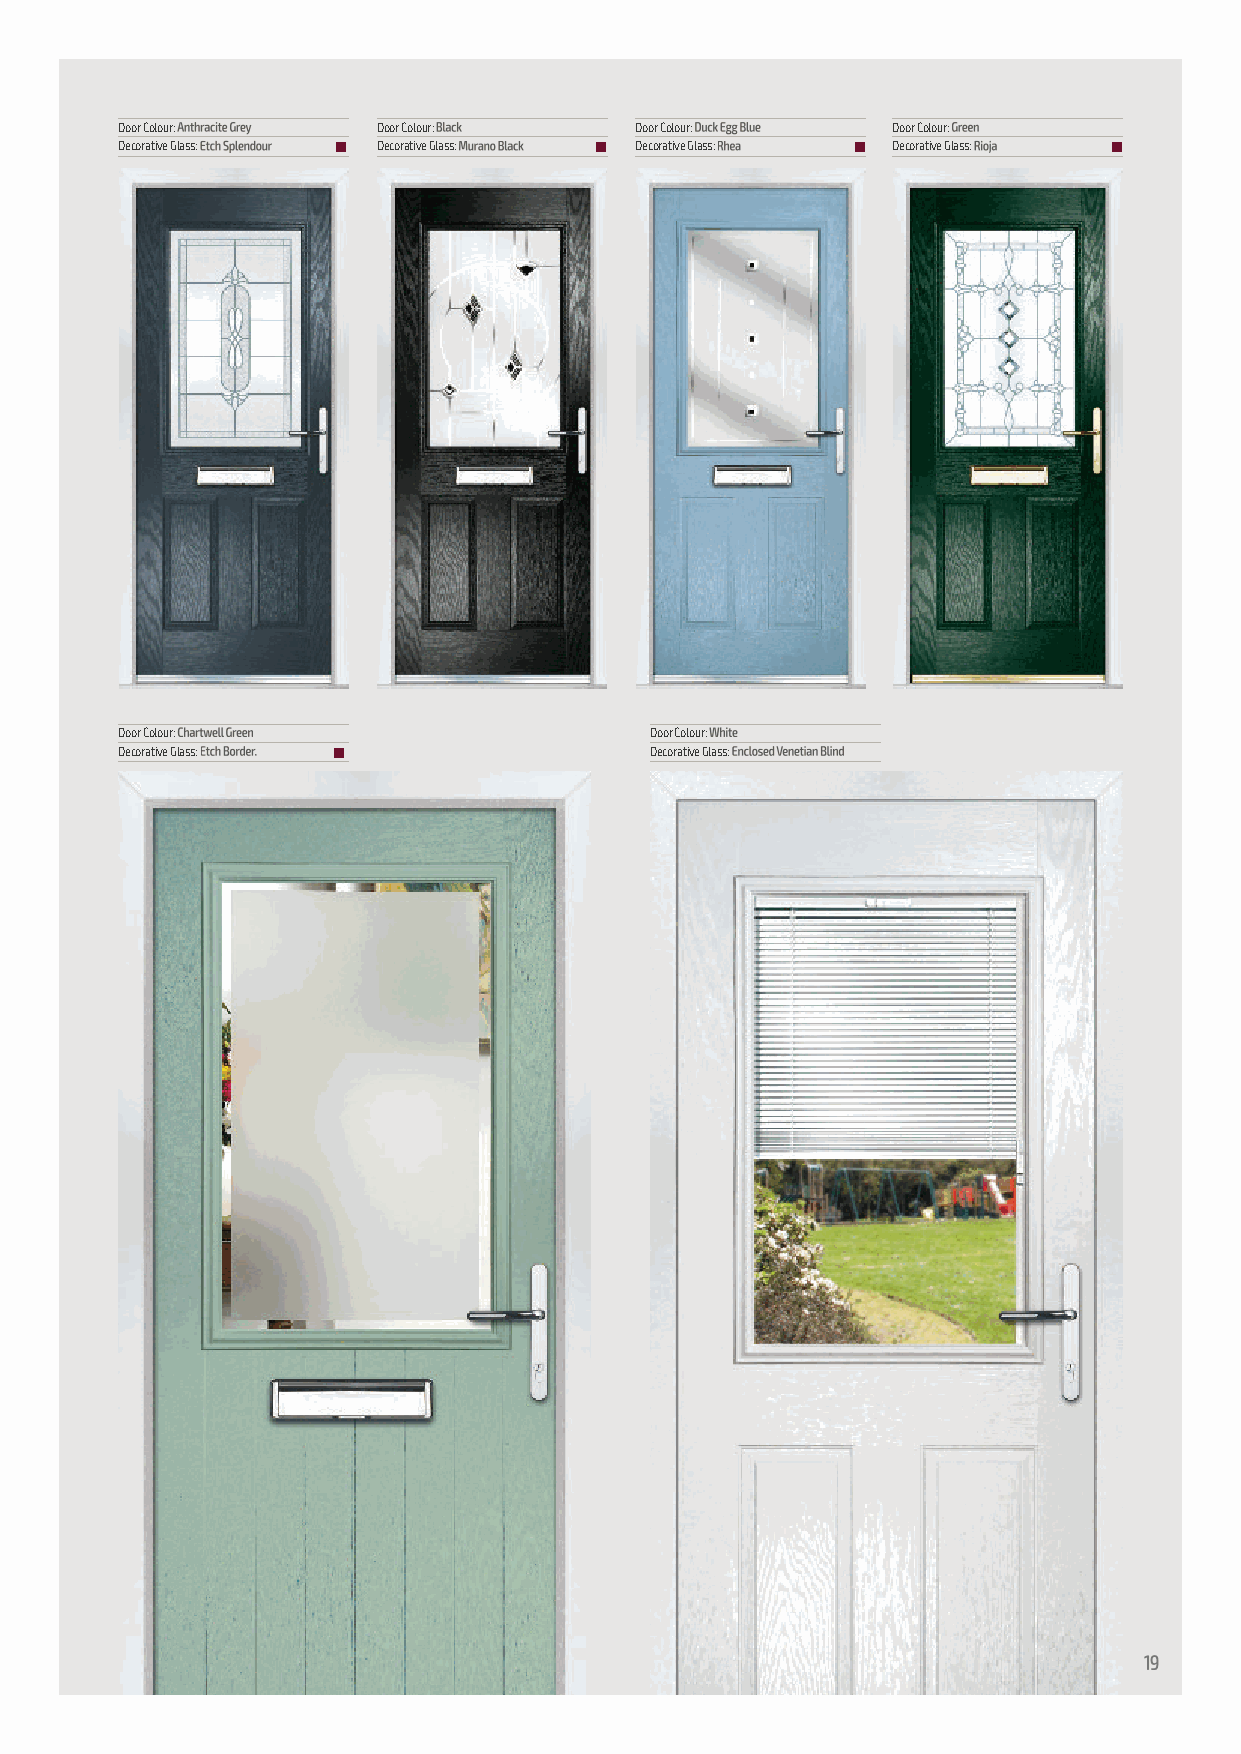
Door Colour:     Door Colour:     Door Colour:     Door Colour:
 Decorative Glass: n Decorative Glass: n Decorative Glass: n Decorative Glass: n
 Door Colour:                       Door Colour:
 Decorative Glass: n                Decorative Glass: